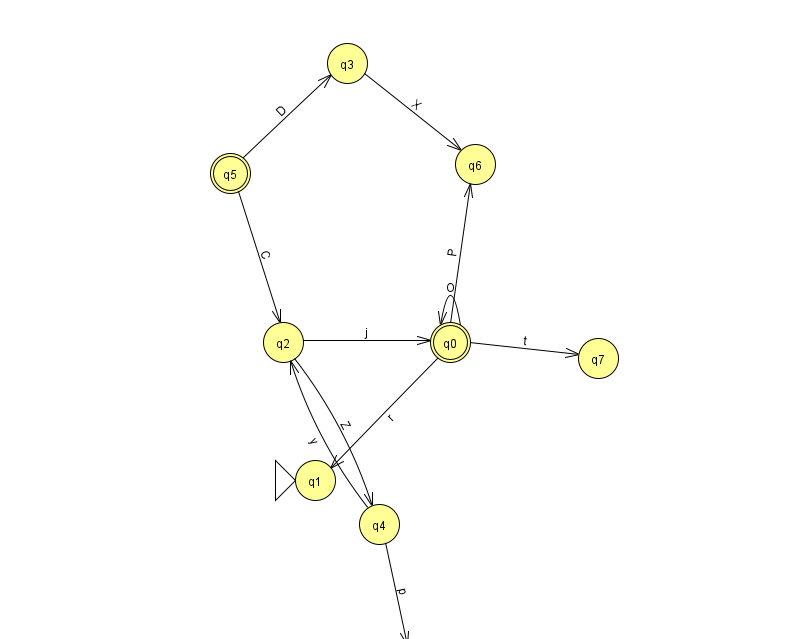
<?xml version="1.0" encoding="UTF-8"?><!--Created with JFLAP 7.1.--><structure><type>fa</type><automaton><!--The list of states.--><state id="0" name="q0"><x>450.0</x><y>329.0</y><final/></state><state id="1" name="q1"><x>315.0</x><y>467.0</y><initial/></state><state id="2" name="q2"><x>283.0</x><y>329.0</y></state><state id="3" name="q3"><x>347.0</x><y>50.0</y></state><state id="4" name="q4"><x>379.0</x><y>511.0</y></state><state id="5" name="q5"><x>230.0</x><y>160.0</y><final/></state><state id="6" name="q6"><x>475.0</x><y>151.0</y></state><state id="7" name="q7"><x>598.0</x><y>345.0</y></state><state id="8" name="q8"><x>408.0</x><y>651.0</y></state><!--The list of transitions.--><transition><from>0</from><to>7</to><read>t</read></transition><transition><from>4</from><to>2</to><read>y</read></transition><transition><from>2</from><to>4</to><read>Z</read></transition><transition><from>5</from><to>2</to><read>C</read></transition><transition><from>0</from><to>6</to><read>P</read></transition><transition><from>5</from><to>3</to><read>D</read></transition><transition><from>4</from><to>8</to><read>p</read></transition><transition><from>3</from><to>6</to><read>X</read></transition><transition><from>0</from><to>1</to><read>r</read></transition><transition><from>0</from><to>0</to><read>O</read></transition><transition><from>2</from><to>0</to><read>j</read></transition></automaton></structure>